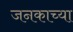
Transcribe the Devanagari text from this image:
जनकाच्या